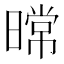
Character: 𰖤